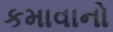
કમાવાનો